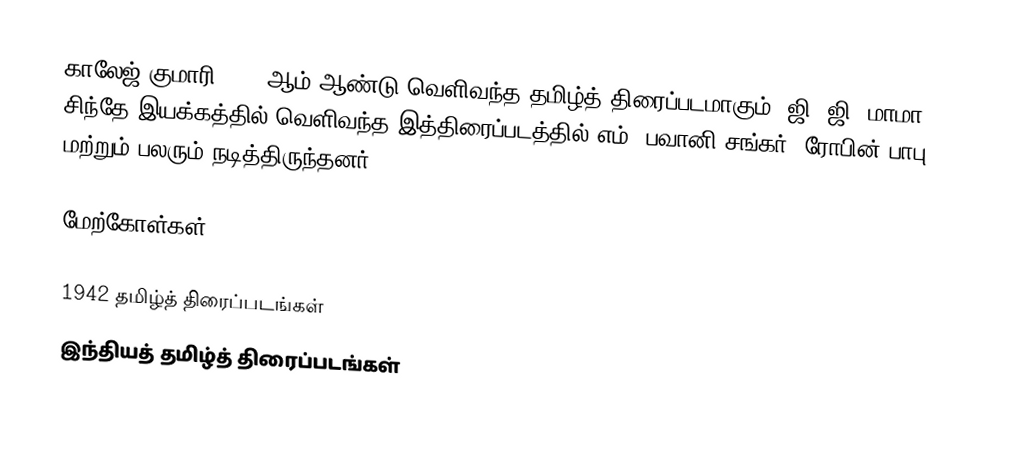
காலேஜ் குமாரி 1942 ஆம் ஆண்டு வெளிவந்த தமிழ்த் திரைப்படமாகும். ஜி. ஜி. மாமா சிந்தே இயக்கத்தில் வெளிவந்த இத்திரைப்படத்தில் எம். பவானி சங்கர், ரோபின் பாபு மற்றும் பலரும் நடித்திருந்தனர்.

மேற்கோள்கள்

1942 தமிழ்த் திரைப்படங்கள்
இந்தியத் தமிழ்த் திரைப்படங்கள்